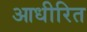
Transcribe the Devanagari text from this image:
आधीरित